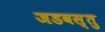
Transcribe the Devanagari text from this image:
जडवस्तु